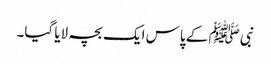
نبی ﷺ کے پاس ایک بچہ لایا گیا۔